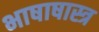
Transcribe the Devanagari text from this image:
भाषाषास्त्र